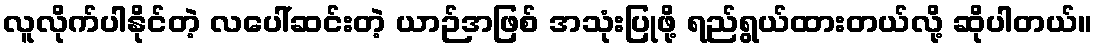
လူလိုက်ပါနိုင်တဲ့ လပေါ်ဆင်းတဲ့ ယာဉ်အဖြစ် အသုံးပြုဖို့ ရည်ရွယ်ထားတယ်လို့ ဆိုပါတယ်။